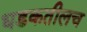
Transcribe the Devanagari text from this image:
धडकतीलच